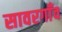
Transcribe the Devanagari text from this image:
सावरगाँव